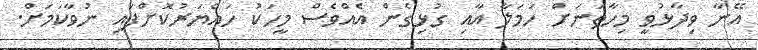
އޭނާ ވިދާޅުވީ މިހާތަނަށް ހަމަލާ އާއި ގުޅިގެން އެއްވެސް މީހަކު ހައްޔަރުކޮށްފައި ނުވާކަމަށް.